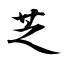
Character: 芝